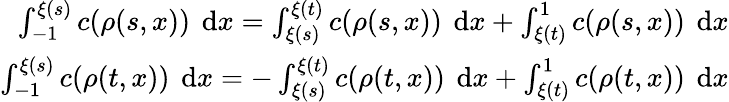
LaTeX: \begin{array}{r}{\int_{-1}^{\xi(s)}c(\rho(s,x))\textrm{\, d}x=\int_{\xi(s)}^{\xi(t)}c(\rho(s,x))\textrm{\, d}x+\int_{\xi(t)}^{1}c(\rho(s,x))\textrm{\, d}x}\\ {\int_{-1}^{\xi(s)}c(\rho(t,x))\textrm{\, d}x=-\int_{\xi(s)}^{\xi(t)}c(\rho(t,x))\textrm{\, d}x+\int_{\xi(t)}^{1}c(\rho(t,x))\textrm{\, d}x}\end{array}